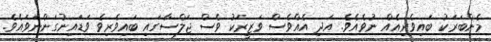
މެންބަރަކު ބައިވެރިއެއް ނުވެއެވެ. އަދި އެއްވެސް ވަޒީރަކު ވެސް ޖަލްސާގައި ބައިވެރިވެ ވަޑައިނުގަންނަވައެވެ.